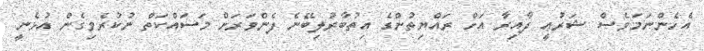
އެހެންނަމަވެސް ޝަރުޢީ ދާއިރާ އަށް ރައްޔިތުންގެ އިތުބާރުލިބޭނެ ފެންވަރަށް މަސައްކަތް ނުކުރެވިގެން އުޅެނީ